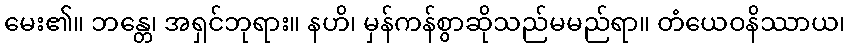
မေး၏။ ဘန္တေ၊ အရှင်ဘုရား။ နဟိ၊ မှန်ကန်စွာဆိုသည်မမည်ရာ။ တံယေဝနိဿာယ၊